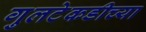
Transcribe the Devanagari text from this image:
गुलटेकडीच्या